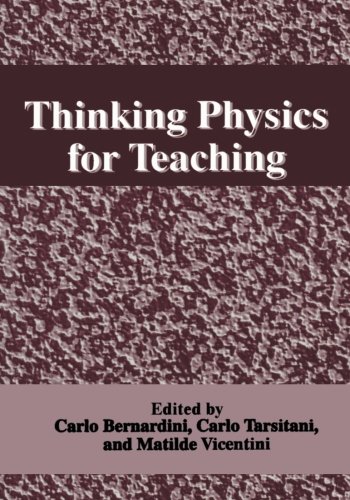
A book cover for Thinking Physics for Teaching; Science & Math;